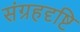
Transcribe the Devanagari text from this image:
संग्रहदृष्टि